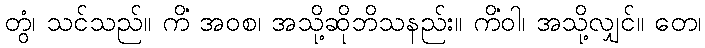
တွံ၊ သင်သည်။ ကိံ အဝစ၊ အသို့ဆိုဘိသနည်း။ ကိံဝါ၊ အသို့လျှင်။ တေ၊